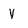
Character: y